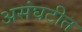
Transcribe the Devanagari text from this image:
असंघटीत